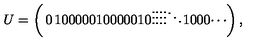
U = \left( \begin{matrix} { 0 } & { 1 } & { 0 } & { 0 } & { 0 } \\ { 0 } & { 0 } & { 1 } & { 0 } & { 0 } \\ { 0 } & { 0 } & { 0 } & { 1 } & { 0 } \\ { \vdots } & { \vdots } & { \vdots } & { \vdots } & { \ddots } \\ { 1 } & { 0 } & { 0 } & { 0 } & { \cdots } \\ \end{matrix} \right) ,